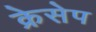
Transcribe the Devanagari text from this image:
क्रेसेप